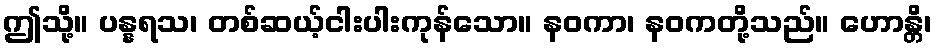
ဤသို့။ ပန္နရသ၊ တစ်ဆယ့်ငါးပါးကုန်သော။ နဝကာ၊ နဝကတို့သည်။ ဟောန္တိ၊